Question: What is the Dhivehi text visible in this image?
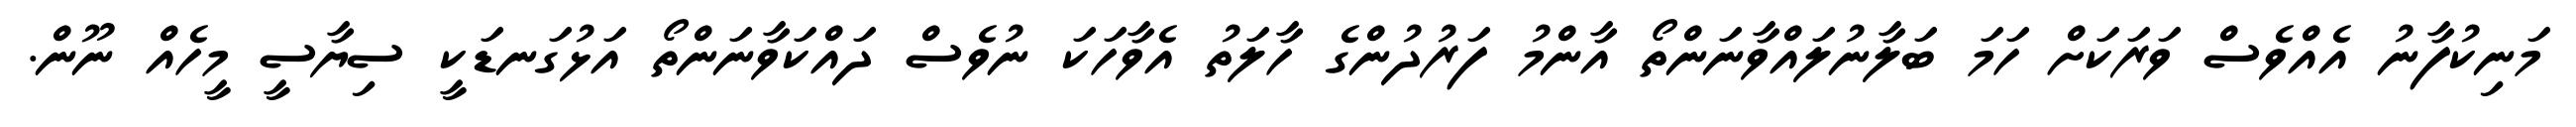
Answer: މަނިކުފާނު އެއްވެސް ވަރަކަށް ހަމަ ބަލާނުލައްވާނަންތޯ އާންމު ފަރުދުންގެ ހާލަތު އެވާހަކަ ނުވެސް ދައްކަވާނަންތޯ އަޅުގަނޑަކީ ސިޔާސީ މީހެއް ނޫން.